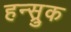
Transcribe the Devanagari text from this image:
हन्स्रुक